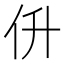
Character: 㐼